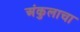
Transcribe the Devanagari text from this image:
अंकुलाचा